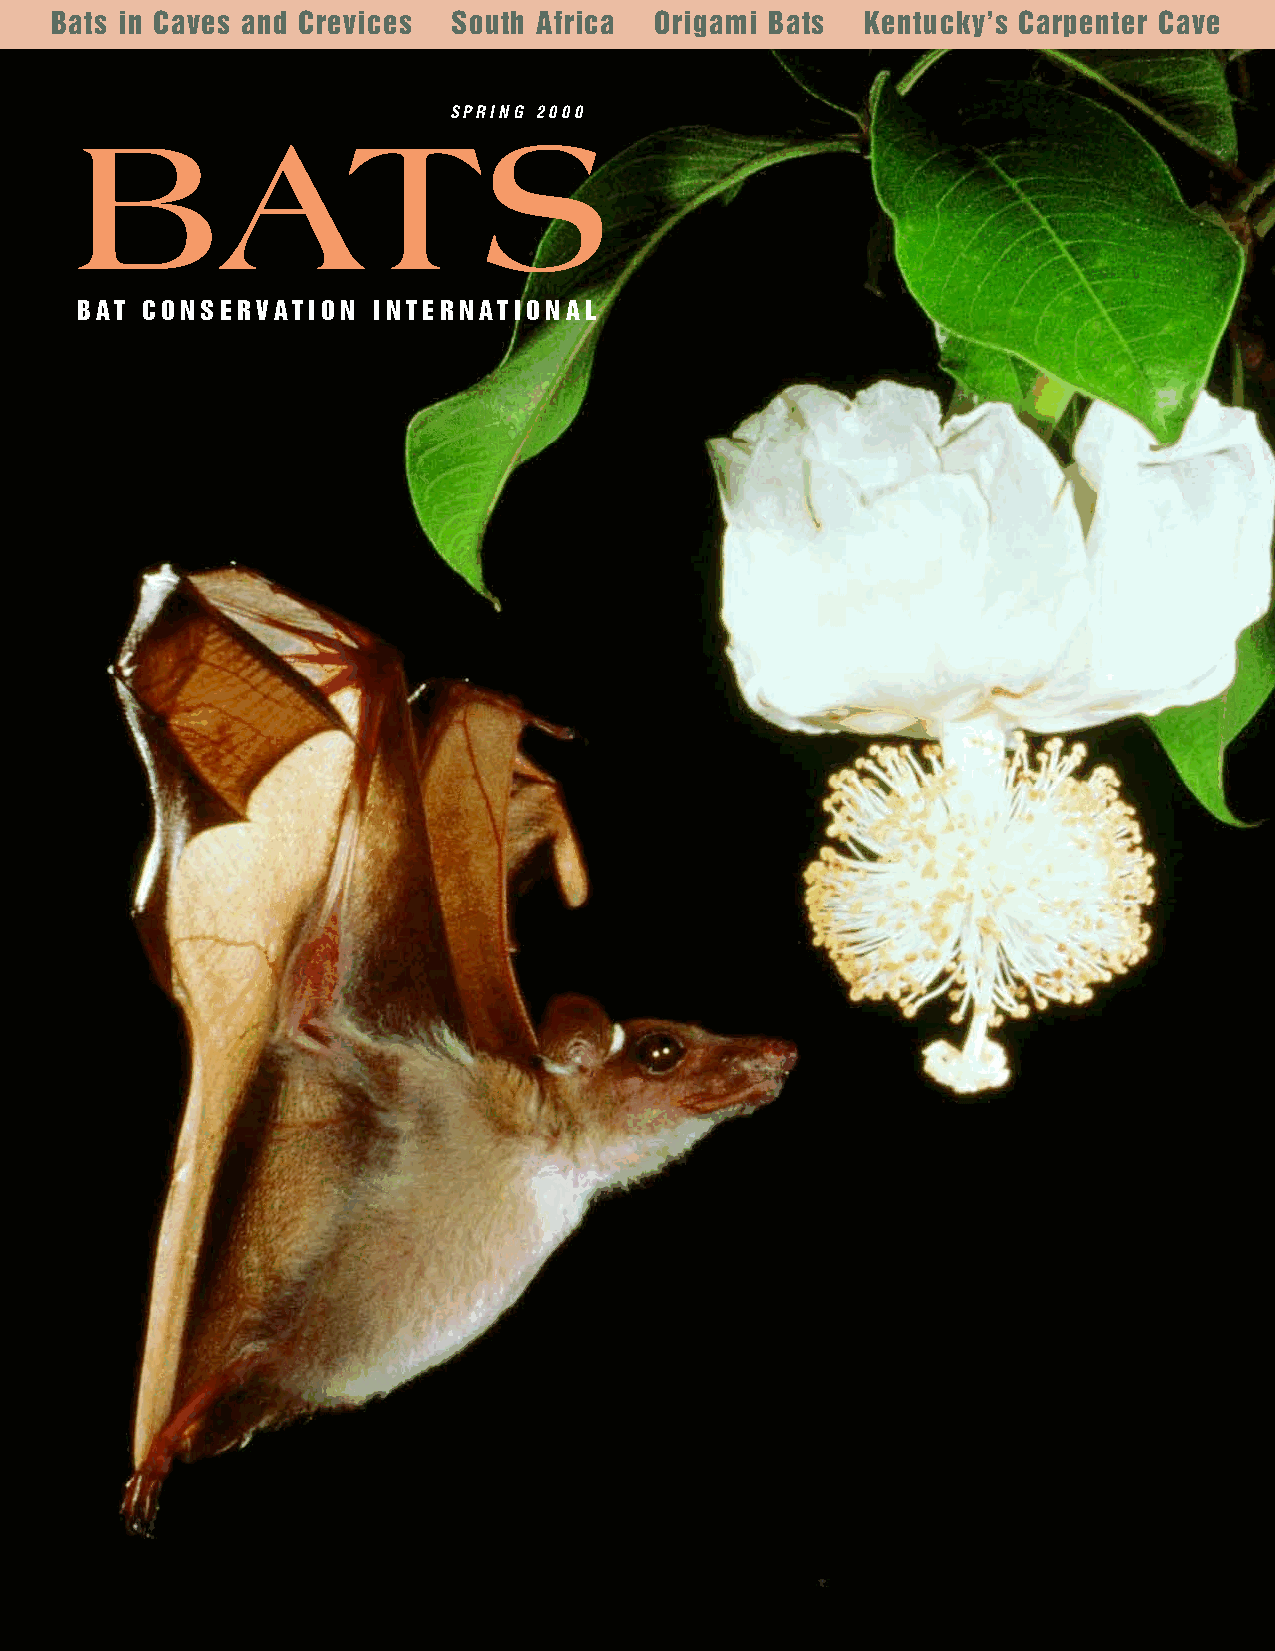
Bats in Caves and Crevices South Africa Origami Bats  Kentucky’s Carpenter Cave
 SPRING 2000
 BATS
 B AT CONSERVATION   INTERNAT I O N A L